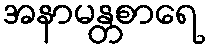
အနာမန္တစာရေ